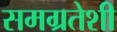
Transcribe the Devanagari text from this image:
समग्रतेशी